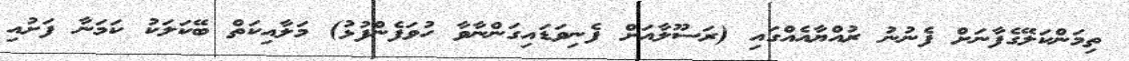
ތިމަންކަލޭގެފާނަށް ފެނުނު ރުއްޔާއެއްގައި (ރަސޫލާއަށް ފެނިވަޑައިގަންނާވާ ހުވަފެންފުޅު) މަލާއިކަތް ބޭކަލަކު ކަމަނާ ފަށުއި